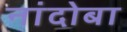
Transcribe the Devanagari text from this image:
नांदोबा